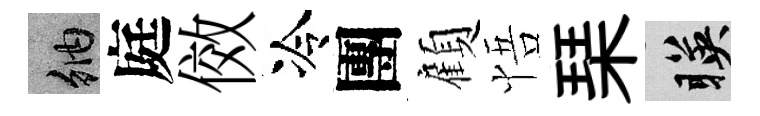
納庭傚冷團顧悟琹暎